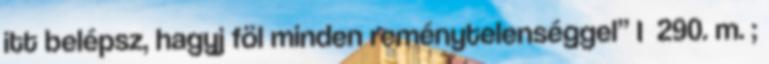
itt belépsz, hagyj föl minden reménytelenséggel” I 290. m. ;